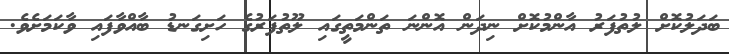
ބަދަލުކޮށް ލުތުފަރު އާންމުކޮށް ނިދަން އޮންނަ ތަންމަތީގައި ލޫތުފަރުގެ ހަށިގަނޑު ބާއްވާފައި ވާކަމަށެވެ.